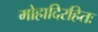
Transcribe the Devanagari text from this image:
मोहादिरहितः